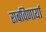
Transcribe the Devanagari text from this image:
राबविणार्या